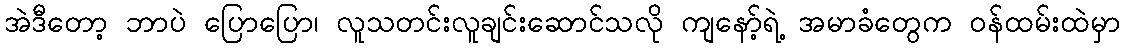
အဲဒီတော့ ဘာပဲ ပြောပြော၊ လူသတင်းလူချင်းဆောင်သလို ကျနော့်ရဲ့ အမာခံတွေက ဝန်ထမ်းထဲမှာ